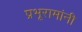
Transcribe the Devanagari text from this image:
प्रभूरामांनी